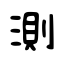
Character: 測